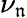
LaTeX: \nu_{\mathfrak{n}}